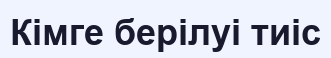
Кімге берілуі тиіс